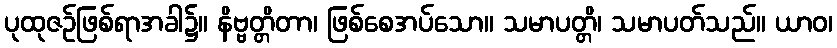
ပုထုဇဉ်ဖြစ်ရာအခါ၌။ နိဗ္ဗတ္တိတာ၊ ဖြစ်စေအပ်သော။ သမာပတ္တိ၊ သမာပတ်သည်။ ယာဝ၊